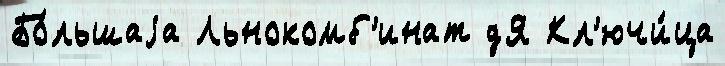
Бо́льшаjа Льнокомб'инат дЯ Кл'ючи́ца